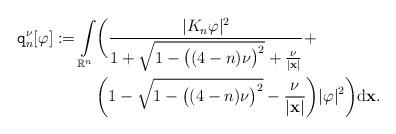
LaTeX: \begin{align*} \mathtt{q}^{\nu}_n[\varphi]:=\int\limits_{\mathbb{R}^n}&\bigg( \frac{|K_n \varphi|^2}{1+\sqrt{1-\big((4-n)\nu\big)^2}+ \frac{\nu}{|\mathbf{x}|}}+\\ &\bigg(1-\sqrt{1-\big((4-n)\nu\big)^2}-\frac{\nu}{|\mathbf{x}|}\bigg) |\varphi|^2\bigg)\mathrm{d}\mathbf{x}.\end{align*}